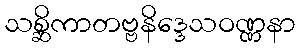
သစ္ဆိကာတဗ္ဗနိဒ္ဒေသဝဏ္ဏနာ